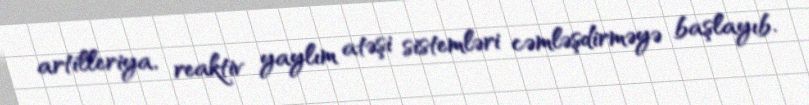
artilleriya, reaktiv yaylım atəşi sistemləri cəmləşdirməyə başlayıb.